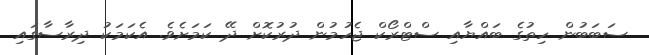
ސަބަބުން ހިތުގެ ބައްޔާއި ސްޓްރޯކް ޖެހުމުން ދުރުކޮށް ދޭ ކަމަށެވެ. އެކަމަކު ދިރާސާގައި